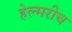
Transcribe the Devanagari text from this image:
हेल्मरीच